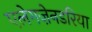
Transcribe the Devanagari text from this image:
एलेगज़ेनडरिया